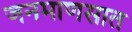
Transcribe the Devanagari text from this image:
जनमाणसात